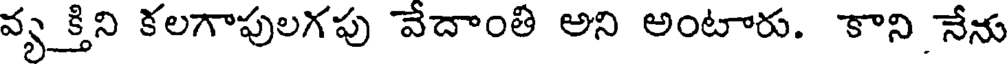
వ్యక్తిని కలగాపులగపు వేదాంతి అని అంటారు. కాని నేను